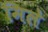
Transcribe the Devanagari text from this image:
मिले